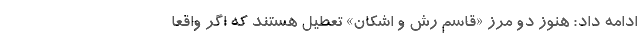
ادامه داد: هنوز دو مرز «قاسم رش و اشکان» تعطیل هستند که اگر واقعا